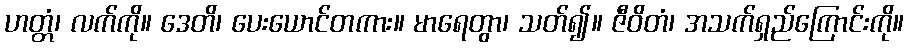
ဟတ္တံ၊ လက်ကို။ ဒေတိ၊ ပေးယောင်တကား။ မာရေတွာ၊ သတ်၍။ ဇီဝိတံ၊ အသက်ရှည်ကြောင်းကို။